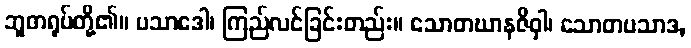
ဘူတရုပ်တို့၏။ ပသာဒေါ၊ ကြည်လင်ခြင်းတည်း။ သောတဃာနဇိဝှါ၊ သောတပသာဒ,